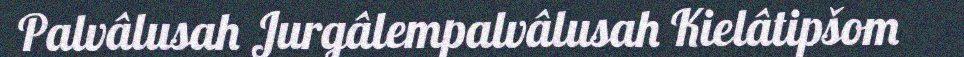
Palvâlusah Jurgâlempalvâlusah Kielâtipšom